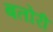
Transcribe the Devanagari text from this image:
बतोरी